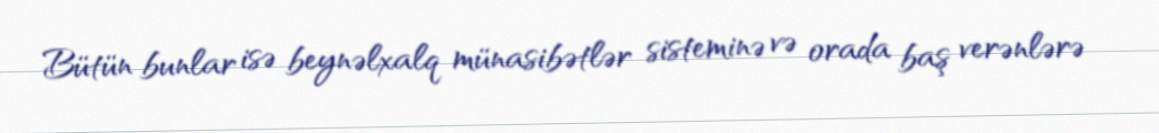
Bütün bunlar isə beynəlxalq münasibətlər sisteminə və orada baş verənlərə